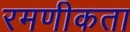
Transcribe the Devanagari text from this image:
रमणीकता